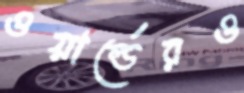
ওয়ার্ল্ডেরও